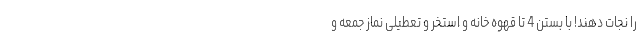
را نجات دهند! با بستن 4 تا قهوه خانه و استخر و تعطیلی نماز جمعه و